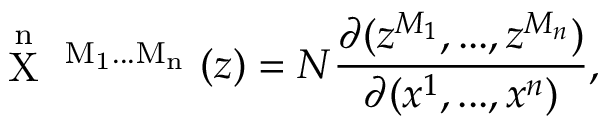
\mathrm { ~ \stackrel { n } { X } ~ ^ { M _ { 1 } . . . M _ { n } } ~ } ( z ) = { \cal N } \frac { \partial ( z ^ { M _ { 1 } } , . . . , z ^ { M _ { n } } ) } { \partial ( x ^ { 1 } , . . . , x ^ { n } ) } ,